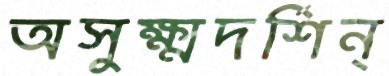
অসুক্ষ্মদর্শিন্